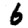
Digit: 6